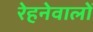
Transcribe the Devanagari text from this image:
रेहनेवालों